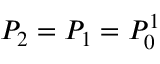
P _ { 2 } = P _ { 1 } = P _ { 0 } ^ { 1 }